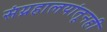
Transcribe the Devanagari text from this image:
संग्रहालयांतूनही